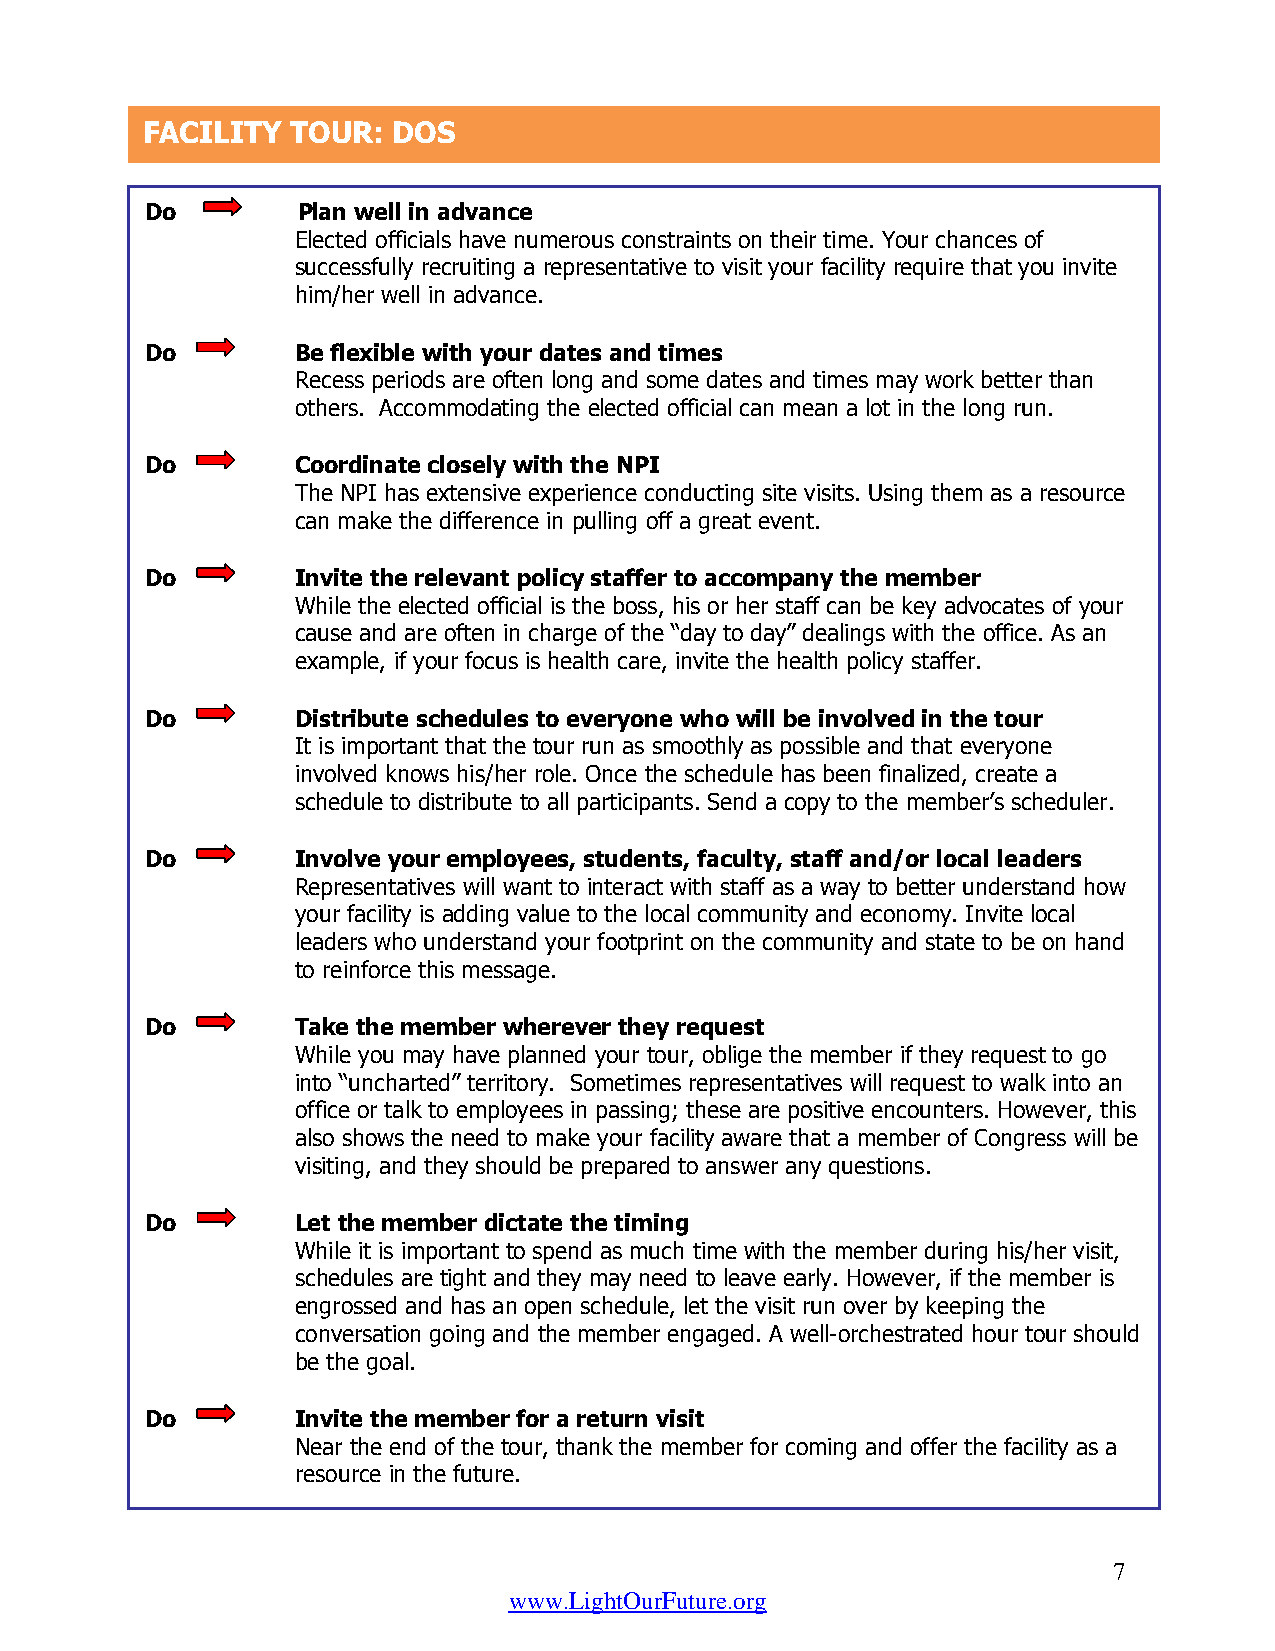
FACILITY  TOUR:  DOS
 Do        Plan well in advance
 Elected officials have numerous constraints on their time. Your chances of
 successfully recruiting a representative to visit your facility require that you invite
 him/her well in advance.
 Do        Be flexible with your dates and times
 Recess periods are often long and some dates and times may work better than
 others. Accommodating the elected official can mean a lot in the long run.
 Do        Coordinate closely with the NPI
 The NPI has extensive experience conducting site visits. Using them as a resource
 can make the difference in pulling off a great event.
 Do        Invite the relevant policy staffer to accompany the member
 While the elected official is the boss, his or her staff can be key advocates of your
 cause and are often in charge of the “day to day” dealings with the office. As an
 example, if your focus is health care, invite the health policy staffer.
 Do        Distribute schedules to everyone who will be involved in the tour
 It is important that the tour run as smoothly as possible and that everyone
 involved knows his/her role. Once the schedule has been finalized, create a
 schedule to distribute to all participants. Send a copy to the member’s scheduler.
 Do        Involve your employees, students, faculty, staff and/or local leaders
 Representatives will want to interact with staff as a way to better understand how
 your facility is adding value to the local community and economy. Invite local
 leaders who understand your footprint on the community and state to be on hand
 to reinforce this message.
 Do        Take the member wherever they request
 While you may have planned your tour, oblige the member if they request to go
 into “uncharted” territory. Sometimes representatives will request to walk into an
 office or talk to employees in passing; these are positive encounters. However, this
 also shows the need to make your facility aware that a member of Congress will be
 visiting, and they should be prepared to answer any questions.
 Do        Let the member dictate the timing
 While it is important to spend as much time with the member during his/her visit,
 schedules are tight and they may need to leave early. However, if the member is
 engrossed and has an open schedule, let the visit run over by keeping the
 conversation going and the member engaged. A well-orchestrated hour tour should
 be the goal.
 Do        Invite the member for a return visit
 Near the end of the tour, thank the member for coming and offer the facility as a
 resource in the future.
 7
 www.LightOurFuture.org